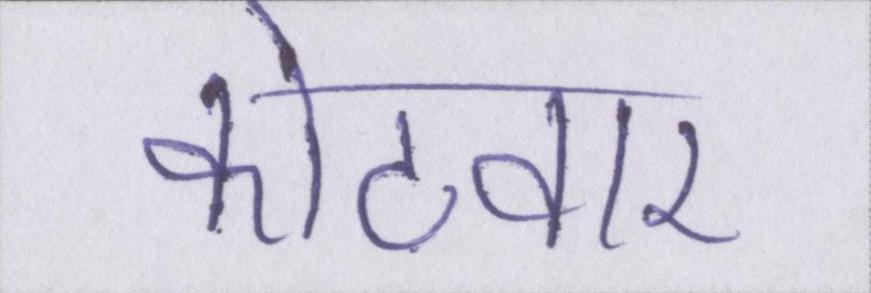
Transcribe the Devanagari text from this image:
कोटवार